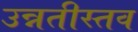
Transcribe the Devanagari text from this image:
उन्नतीस्तव